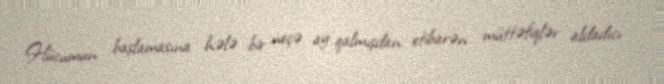
Hücumun başlamasına hələ bir neçə ay qalmışdan etibarən müttəfiqlər aldadıcı